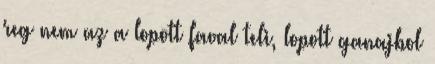
reg nem az a lopott faval teli, lopott ganajbol